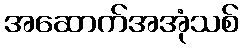
အဆောက်အအုံသစ်